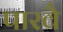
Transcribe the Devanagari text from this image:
पारवै